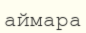
аймара